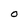
Character: 0